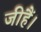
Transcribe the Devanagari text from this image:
जीहैं।